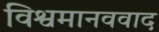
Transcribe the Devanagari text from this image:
विश्वमानववाद